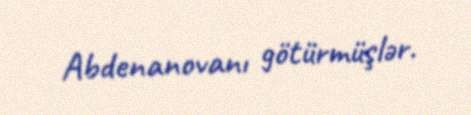
Abdenanovanı götürmüşlər.